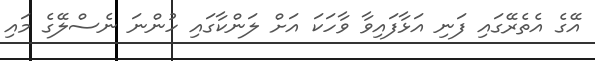
އޭގެ އެތެރޭގައި ފަނި އަޅާފައިވާ ވާހަކަ އަށް ލަންކާގައި ހުންނަ ނެސްލޭގެ މައި